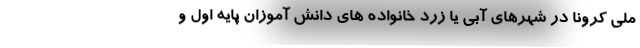
ملی کرونا در شهرهای آبی یا زرد خانواده های دانش آموزان پایه اول و